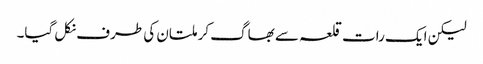
لیکن ایک رات قلعہ سے بھاگ کر ملتان کی طرف نکل گیا۔